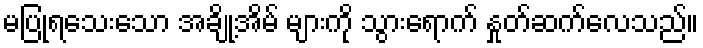
မပြုရသေးသော အချို့အိမ် များကို သွားရောက် နှုတ်ဆက်လေသည်။